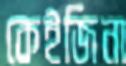
কেইজিনা